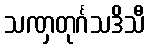
သဏှတုင်္ဂသဒိသီ